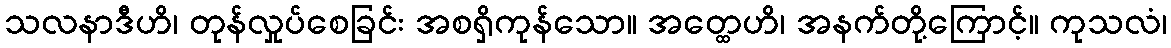
သလနာဒီဟိ၊ တုန်လှုပ်စေခြင်း အစရှိကုန်သော။ အတ္ထေဟိ၊ အနက်တို့ကြောင့်။ ကုသလံ၊